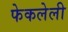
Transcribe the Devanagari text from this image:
फेकलेली